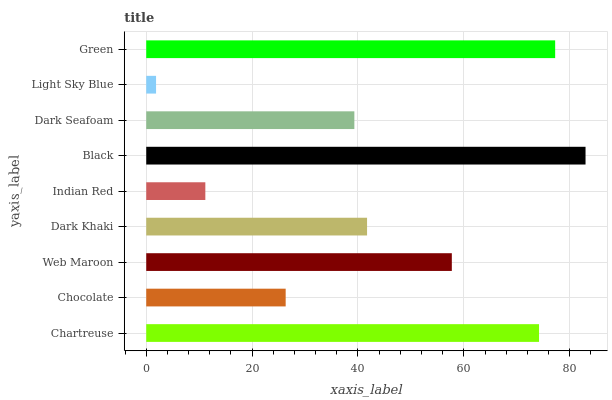
| yaxis_label | bars |
 | --- | --- |
 | Chartreuse | 74.2 |
 | Chocolate | 26.3 |
 | Web Maroon | 57.7 |
 | Dark Khaki | 41.7 |
 | Indian Red | 11.2 |
 | Black | 83 |
 | Dark Seafoam | 39.3 |
 | Light Sky Blue | 1.86 |
 | Green | 77.2 |